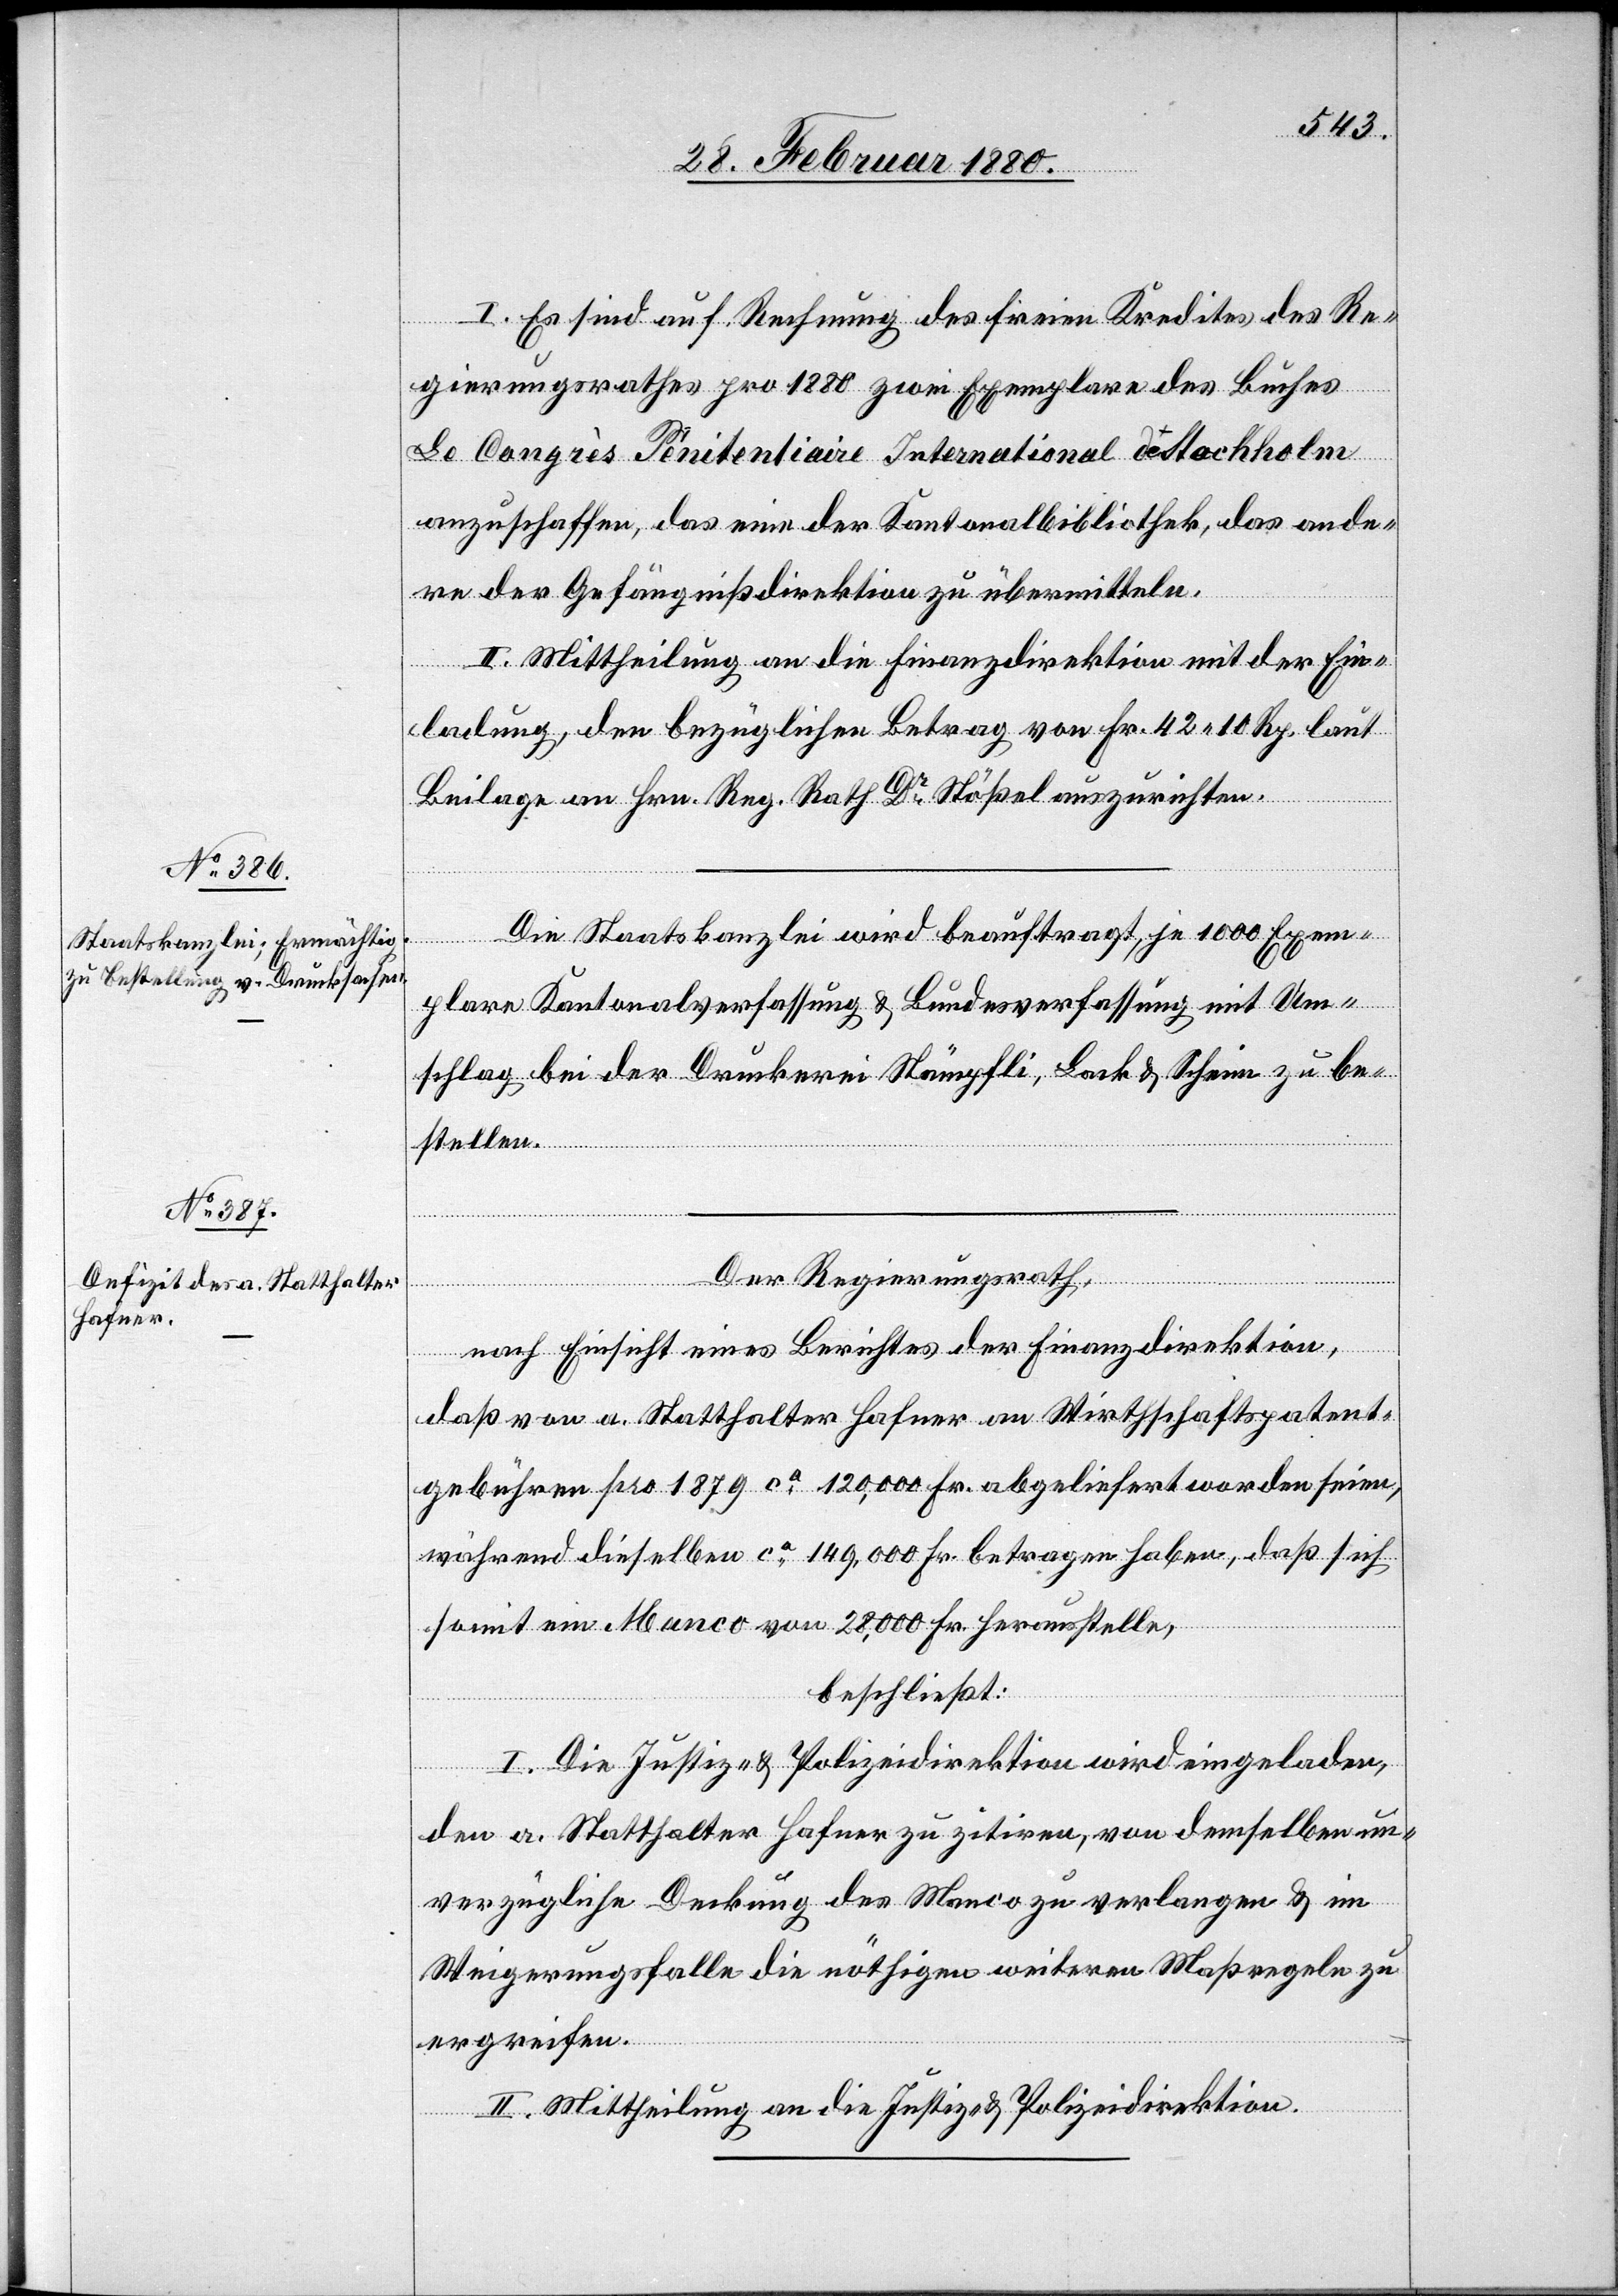
I. Es sind auf Rechnung des freien Kredites des Re¬
gierungsrathes pro 1880 zwei Exemplare des Buches
Le Congrès Penitentiaire International de Stochholm
anzuschaffen, das eine der Kantonalbibliothek, das ande¬
re der Gefängnißdirektion zu übermitteln.
II. Mittheilung an die Finanzdirektion mit der Ein¬
ladung, den bezüglichen Betrag von Fr. 42 10 Rp. laut
Beilage an Hrn. Reg. Rath Dr Stößel auszurichten.
Die Staatskanzlei wird beauftragt, je 1000 Exem¬
plare Kantonalverfassung & Bundesverfassung mit Um¬
schlag bei der Druckerei Stämpfli, Bock & Schein zu be¬
stellen.
Der Regierungsrath,
nach Einsicht eines Antrages der Finanzdirektion,
daß von a. Statthalter Hafner an Wirthschaftspatent¬
gebühren pro 1879 ca 120, 000 Fr. abgeliefert worden seien,
während dieselben ca 149, 000 Fr. betragen haben, daß sich
somit ein Manco von 28, 000 Fr. herausstelle,
beschließt:
I. Die Justiz- & Polizeidirektion wird eingeladen,
den a. Statthalter Hafner zu zitiren, von demselben un¬
verzügliche Deckung des Manco zu verlangen & im
Weigerungsfalle die nöthigen weitern Maßregeln zu
ergreifen.
II. Mittheilung an die Justiz- & Polizeidirektion.